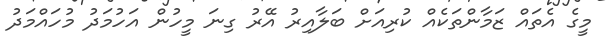
މީގެ އެތައް ޒަމާންތަކެއް ކުރިއަށް ބަލާއިރު އޭރު ގިނަ މީހުން އަހުމަދު މުހައްމަދު